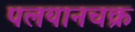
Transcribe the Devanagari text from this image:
पलयानचक्र